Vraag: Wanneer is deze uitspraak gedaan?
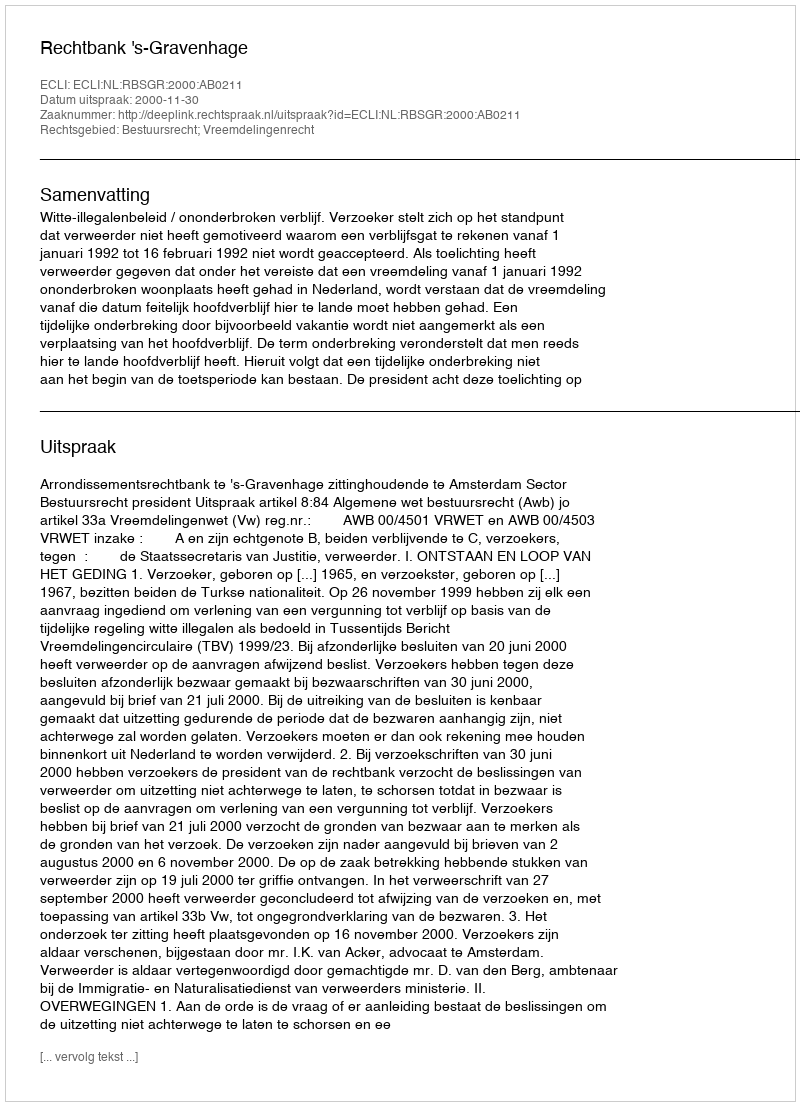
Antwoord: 2000-11-30